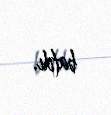
batdı.